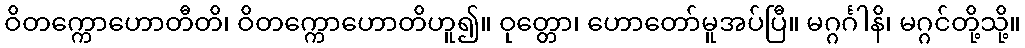
ဝိတက္ကောဟောတီတိ၊ ဝိတက္ကောဟောတိဟူ၍။ ဝုတ္တော၊ ဟောတော်မူအပ်ပြီ။ မဂ္ဂင်္ဂါနိ၊ မဂ္ဂင်တို့သို့။